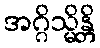
အဂ္ဂိသ္မိန္တိ